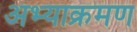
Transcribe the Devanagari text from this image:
अभ्याक्रमण